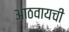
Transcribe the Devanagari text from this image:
आठवायची